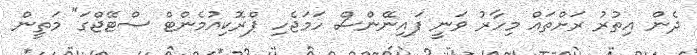
ދެން އިތުރު ރަށްތައް މިހާރު ވަނީ ފައިނޭންސް ހަމަޖެހި ޕްރޮކިއުމެންޓް ސްޓޭޖްގަ" މަތީން